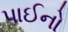
પાઈનો